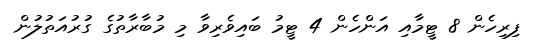
ފިރިހެން 8 ޓީމާއި އަންހެން 4 ޓީމު ބައިވެރިވާ މި މުބާރާތުގެ ގުރުއަތުލުން